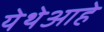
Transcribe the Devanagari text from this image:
येथेआहे